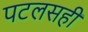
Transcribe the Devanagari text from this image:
पटलसही